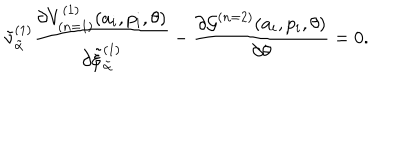
LaTeX: { \tilde { \nu } } _ { \tilde { \alpha } } ^ { ( 1 ) } \frac { \partial V _ { ( n = 1 ) } ^ { ( 1 ) } ( a _ { i } , p _ { i } , \theta ) } { \partial { \tilde { \xi } } _ { \tilde { \alpha } } ^ { ( 1 ) } } - \frac { \partial { \cal G } ^ { ( n = 2 ) } ( a _ { i } , p _ { i } , \theta ) } { \partial \theta } = 0 .